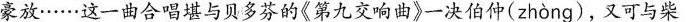
豪放……这一曲合唱填与贝多芬的《第九交响曲》一决伯仲( zhòng )，又可与柴